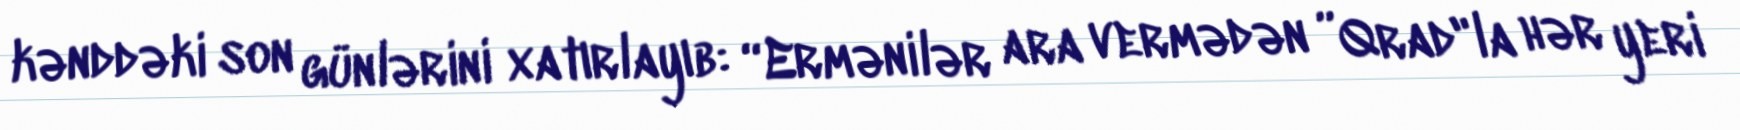
kənddəki son günlərini xatırlayıb: “Ermənilər ara vermədən ”Qrad"la hər yeri